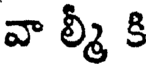
వా ల్మీ కి